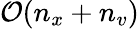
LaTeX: \mathcal{O}(n_{x}+n_{v})